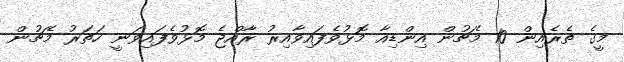
މީގެ ތެރެއިން 10 މެޗުން އިންޑިއާ މޮޅުވެފައިވާއިރު ރާއްޖެ މޮޅުވެފައިވަނީ ހަތަރު މެޗުން